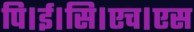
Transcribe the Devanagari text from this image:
पि।ई।सि।एच।एस